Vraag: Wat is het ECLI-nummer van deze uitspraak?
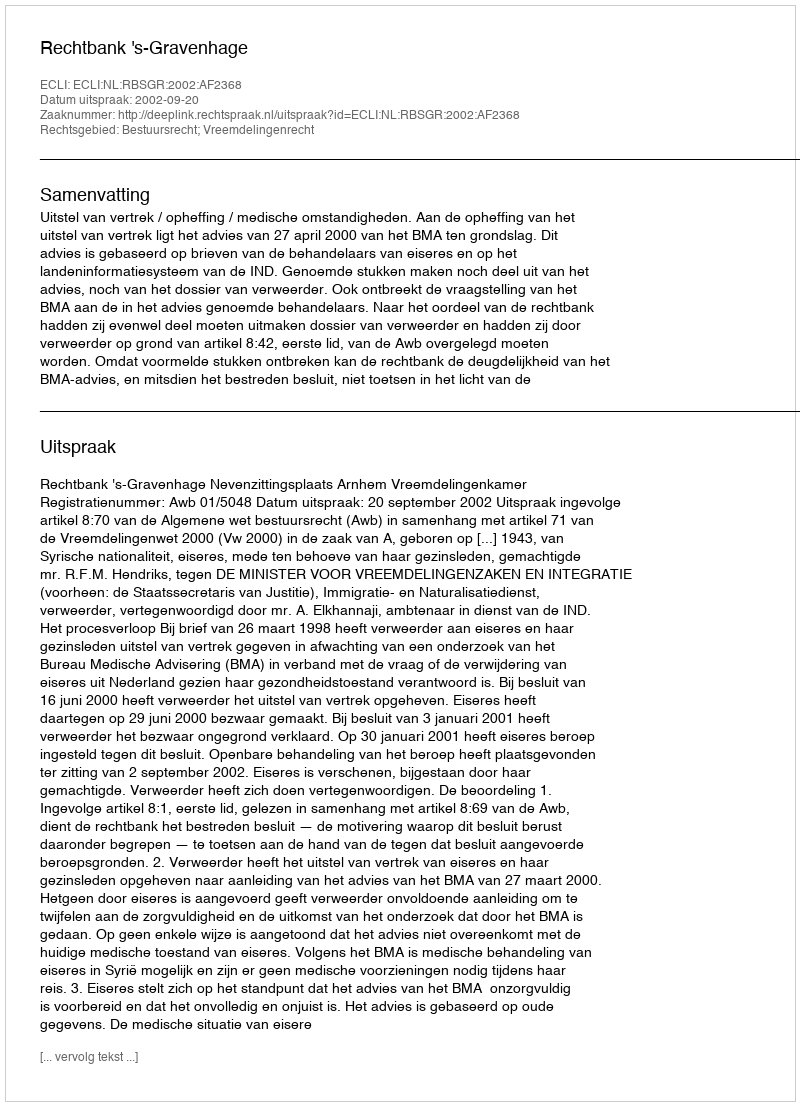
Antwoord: ECLI:NL:RBSGR:2002:AF2368